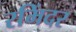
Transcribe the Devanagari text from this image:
रमिंदर